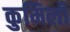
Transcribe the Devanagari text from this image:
कुमिली